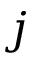
j